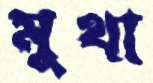
মুথা